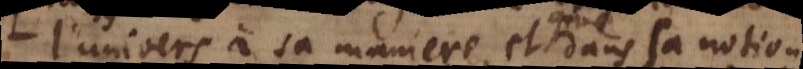
l’univers à sa maniere, et dans sa notion